Report of the Indian Hemp Drugs Commission, 1894-1895 - Volume V
Year: 1894
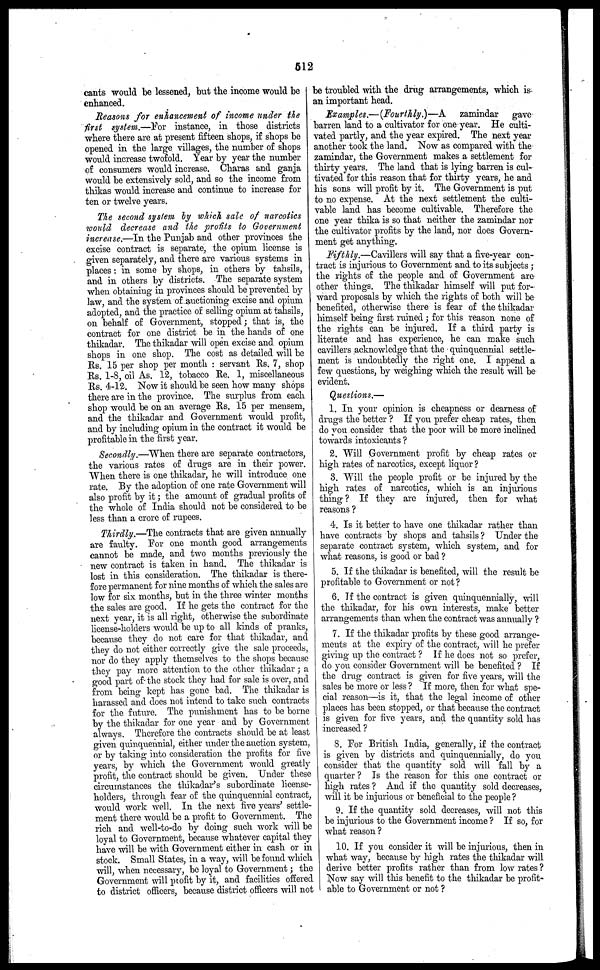
512
cants would be lessened, but the income would be
enhanced.
Reasons for enhancement of income under the
first system.—For instance, in those districts
where there are at present fifteen shops, if shops be
opened in the large villages, the number of shops
would increase twofold. Year by year the number
of consumers would increase. Charas and ganja
would be extensively sold, and so the income from
thikas would increase and continue to increase for
ten or twelve years.
The second system by which sale of narcotics
would decrease and the profits to Government
increase.—In the Punjab and other provinces the
excise contract is separate, the opium license is
given separately, and there are various systems in
places : in some by shops, in others by tahsils,
and in others by districts. The separate system
when obtaining in provinces should be prevented by
law, and the system of auctioning excise and opium
adopted, and the practice of selling opium at tahsils,
on behalf of Government, stopped; that is, the
contract for one district be in the hands of one
thikadar. The thikadar will open excise and opium
shops in one shop. The cost as detailed will be
Rs. 15 per shop per month : servant Rs. 7, shop
Rs. 1-8, oil As. 12, tobacco Re. 1, miscellaneous
Rs. 4-12. Now it should be seen how many shops
there are in the province. The surplus from each
shop would be on an average Rs. 15 per mensem,
and the thikadar and Government would profit,
and by including opium in the contract it would be
profitable in the first year.
Secondly.—When there are separate contractors,
the various rates of drugs are in their power.
When there is one thikadar, he will introduce one
rate. By the adoption of one rate Government will
also profit by it; the amount of gradual profits of
the whole of India should not be considered to be
less than a crore of rupees.
Thirdly.—The contracts that are given annually
are faulty. For one month good arrangements
cannot be made, and two months previously the
new contract is taken in hand. The thikadar is
lost in this consideration. The thikadar is there-
fore permanent for nine months of which the sales arc
low for six months, but in the three winter months
the sales are good. If he gets the contract for the
next year, it is all right, otherwise the subordinate
license-holders would be up to all kinds of pranks,
because they do not care for that thikadar, and
they do not either correctly give the sale proceeds,
nor do they apply themselves to the shops because
they pay more attention to the other thikadar ; a
good part of the stock they had for sale is over, and
from being kept has gone bad. The thikadar is
harassed and docs not intend to take such contracts
for the future. The punishment has to be borne
by the thikadar for one year and by Government
always. Therefore the contracts should be at least
given quinquennial, either under the auction system,
or by taking into consideration the profits for live
years, by which the Government would greatly
profit, the contract should be given. Under these
circumstances the thikadar's subordinate license-
holders, through fear of the quinquennial contract,
would work well. In the next five years' settle-
ment there would be a profit to Government. The
rich and well-to-do by doing such work will be
loyal to Government, because whatever capital they
have will be with Government either in cash or in
stock. Small States, in a way, will be found which
will, when nccessary, be loyal to Government; the
Government will profit by it, and facilities offered
to district officers, because district officers will not
be troubled with the drug arrangements, winch is
an important head.
Examples.—(Fourthly.)—A
zamindar gave
barren land to a cultivator for one year. He culti-
vated partly, and the year expired. The next year
another took the land. Now as compared with the
zamindar, the Government makes a settlement for
thirty years. The land that is lying barren is cul-
tivated for this reason that for thirty years, he and
his sons will profit by it. The Government is put
to no expense. At the next settlement the culti-
vable land has become cultivable. Therefore the
one year thika is so that neither the zamindar nor
the cultivator profits by the land, nor does Govern-
ment get anything.
Fifthly.—Cavillers will say that a five-year con-
tract is injurious to Government and to its subjects ;
the rights of the people and of Government are
other things. The thikadar himself will put for-
ward proposals by which the rights of both will be
benefited, otherwise there is fear of the thikadar
himself being first ruined ; for this reason none of
the rights can be injured. If a third party is
literate and has experience, he can make such
cavillers acknowledge that the quinquennial settle-
ment is undoubtedly the right one. I append a
few questions, by weighing which the result will be
evident.
Questions.—
1. In your opinion is cheapness or dearness of
drugs the better ? If you prefer cheap rates, then
do you consider that the poor will be more inclined
towards intoxicants ?
2. Will Government profit by cheap rates or
high rates of narcotics, except liquor ?
3. Will the people profit or be injured by the
high rates of narcotics, which is an injurious
thing ? If they are injured, then for what
reasons ?
1. Is it better to have one thikadar rather than
have contracts by shops and tahsils ? Under the
separate contract system, which system, and for
what reasons, is good or bad ?
5. If the tlukadar is benefited, will the result be
profitable to Government or not ?
6. If the contract is given quinquennially, will
the thikadar, for his own interests, make better
arrangements than when the contract was annually ?
7. If the thikadar profits by these good arrange-
ments at the expiry of the contract, will he prefer
giving up the contract ? If he does not so prefer,
do you consider Government will be benefited ? If
the drug contract is given for five years, will the
sales be more or less ? If more, then for what spe-
cial reason—is it, that the legal income of other
places has been stopped, or that because the contract
is given for live years, and the quantity sold has
increased ?
8. For British India, generally, if the contract
is given by districts and quinquennially, do you
consider that the quantity sold will fall by a
quarter ? Is the reason for this one contract or
high rates ? And if the quantity sold decreases,
will it be injurious or beneficial to the people ?
9. If the quantity sold decreases, will not this
be injurious to the Government income ? If so, for
what reason ?
10. If you consider it will be injurious, then in
what way, because by high rates the thikadar will
derive better profits rather than from low rates?
Now say will this benefit to the thikadar be profit-
able to Government or not ?